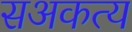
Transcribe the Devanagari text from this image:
सअकत्य